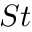
S t